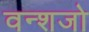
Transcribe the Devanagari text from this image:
वन्शजो